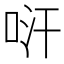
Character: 𠱢